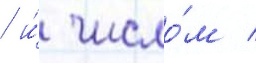
/ и́ число́м /